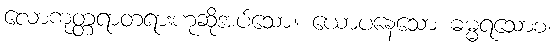
လောကုတ္တရာတရားဟုဆိုအပ်သော။ ယောပနေသော ဓမ္မရသောစ၊